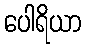
ပေါရိယာ